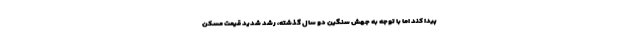
پیدا کند اما با توجه به جهش سنگین دو سال گذشته، رشد شدید قیمت مسکن